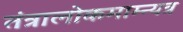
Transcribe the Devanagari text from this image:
तंत्रालोकमाम्न्यत्र